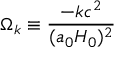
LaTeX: \Omega _ { k } \equiv { \frac { - k c ^ { 2 } } { ( a _ { 0 } H _ { 0 } ) ^ { 2 } } }